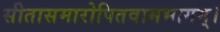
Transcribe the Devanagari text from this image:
सीतासमारोपितवामभागम्।